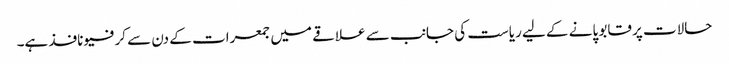
حالات پر قابو پانے کے لیے ریاست کی جانب سے علاقے میں جمعرات کے دن سے کرفیو نافذ ہے۔